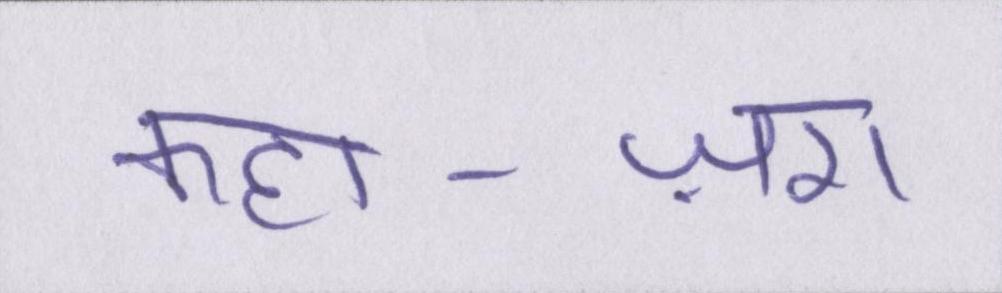
कहा-ज़रा